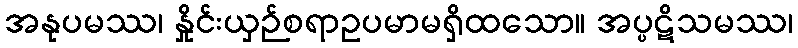
အနုပမဿ၊ နှိုင်းယှဉ်စရာဥပမာမရှိထသော။ အပ္ပဋိသမဿ၊